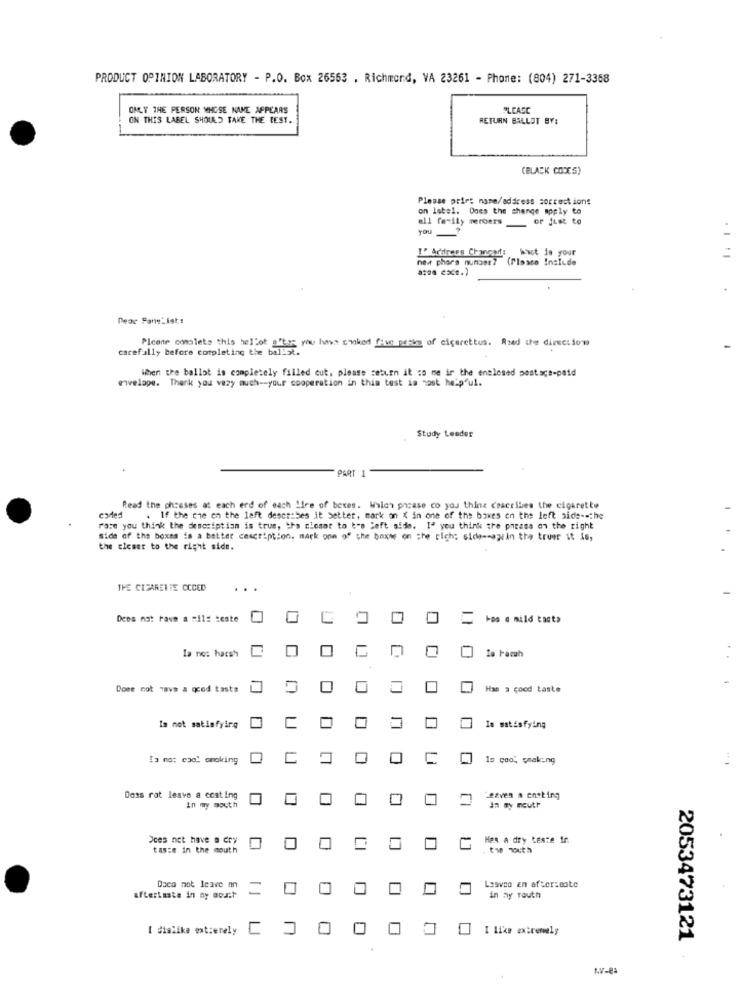
PRODUCT OPINION LABORATORY - P.O. Box 26563 . Richmond, VA 23261 - Phone: (804) 271-3358
ONLY THE PERSON WHOSE NAME APPEARS
PLEASE
ON THIS LABEL SHOULD TAKE THE BEST.
RETURN BALLOT BY:
(BLACK CODES)
Please print name/address corrections
on latel. Does the change apply to
all family members or just to
YOU
I' Address Changart: hast ie your
bist de your
new phors numase? (fleste Include
a:os cxt.)
Dear Fane_ist:
carefully before completing the ballGt.
Please completo this hellot afto you have cooked five perks of cigarettes. Road the directions
When the ballot is completely filled cut, please return it to me ir the enclosed postace-paid
envelope. Thank you very much -- your cooperation in this test in most helpful.
Study Leader
PART
Read the phrases at each erd of each Ifre of bexes. Wales pocase co you thing Ceaccibes the cigarette
coded
. If the che on the left describes it better, mark on { in one of the boxes on the left side -= the
race you think the description is true, the closer to bre left side. I' you think the presse on the right
side of the boxes is a batter cescription. mark oon of the boxwe on the rich; sida -- apiin the truer it is,
the closer to the right side.
THE CIGARETTE CCCED
Deos not have a mild seste
Ios a mild tact>
Is no: harsh
Is Facah
Does not have a good taste
Has a good taste
Is not satisfying
Is satisfying
Is no: cool smoking
1s çoo, smoking
Dass rot lesve a cost ing
Leaves a ensting
in my mouth
In my mouth
Does not have a cry
Hes a dry teste ir
tas:e in the mouth
. tw with
Daca not leave nn
Lesveo En after:mate
aftertaste in ny goust
in ny routh
I dislike extzerely
I like extremely
2053473121